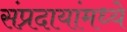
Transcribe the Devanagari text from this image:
संप्रदायांमध्ये